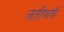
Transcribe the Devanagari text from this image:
लतीफची